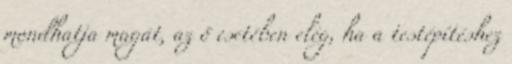
mondhatja magát, az ő esetében elég, ha a testépítéshez